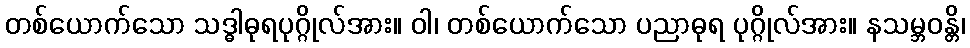
တစ်ယောက်သော သဒ္ဓါဓုရပုဂ္ဂိုလ်အား။ ဝါ၊ တစ်ယောက်သော ပညာဓုရ ပုဂ္ဂိုလ်အား။ နသမ္ဘဝန္တိ၊